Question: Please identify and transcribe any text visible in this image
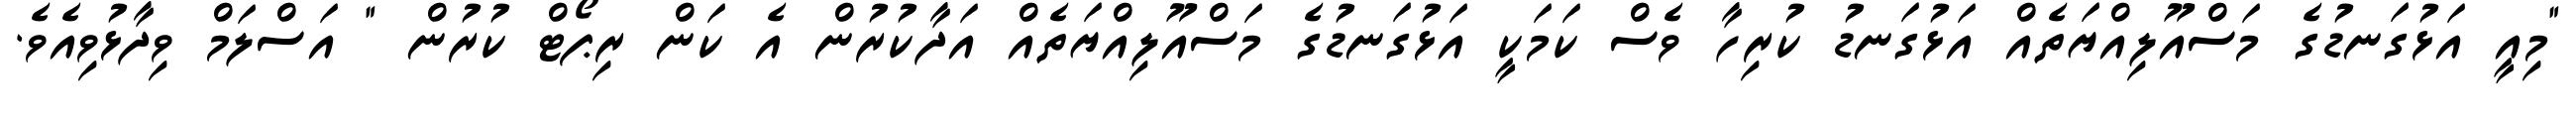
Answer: "މިއީ އަޅުގަނޑުގެ މަސްއޫލިއްޔަތެއް އަޅުގަނޑު ކުރިހާ ވެސް ކަމަކީ އަޅުގަނޑުގެ މަސްއޫލިއްޔަތެއް އަދާކުރުން އެ ކަން ރިޕޯޓް ކުރުން " އަސްލަމް ވިދާޅުވިއެވެ.